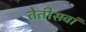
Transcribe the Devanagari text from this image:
तेतीसवां